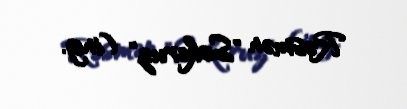
Rəsmən "Sokeruz" (ing.